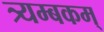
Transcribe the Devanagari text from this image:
त्र्यम्‍बकम्